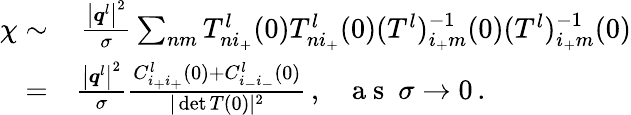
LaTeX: \begin{array}{rl}{\chi\sim}&{{}\, \frac{\big\vert\boldsymbol{q}^{l}\big\vert^{2}}{\sigma}\sum_{nm}{T_{ni_{+}}^{l}(0)T_{ni_{+}}^{l}(0)(T^{l})_{i_{+}m}^{-1}(0)(T^{l})_{i_{+}m}^{-1}(0)}}\\ {=}&{{}\frac{\big\vert\boldsymbol{q}^{l}\big\vert^{2}}{\sigma}\frac{C_{i_{+}i_{+}}^{l}(0)+C_{i_{-}i_{-}}^{l}(0)}{\vert\operatorname*{det}T(0)\vert^{2}}\, ,~~~\mathrm{~a~s~}~\sigma\rightarrow 0\, .}\end{array}